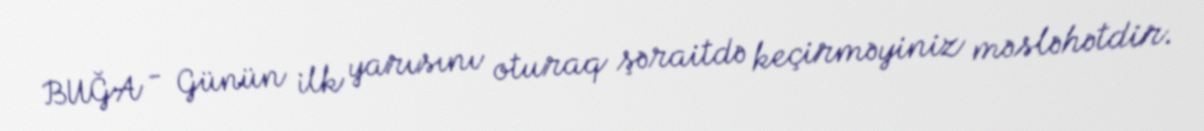
BUĞA - Günün ilk yarısını oturaq şəraitdə keçirməyiniz məsləhətdir.